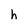
Character: h